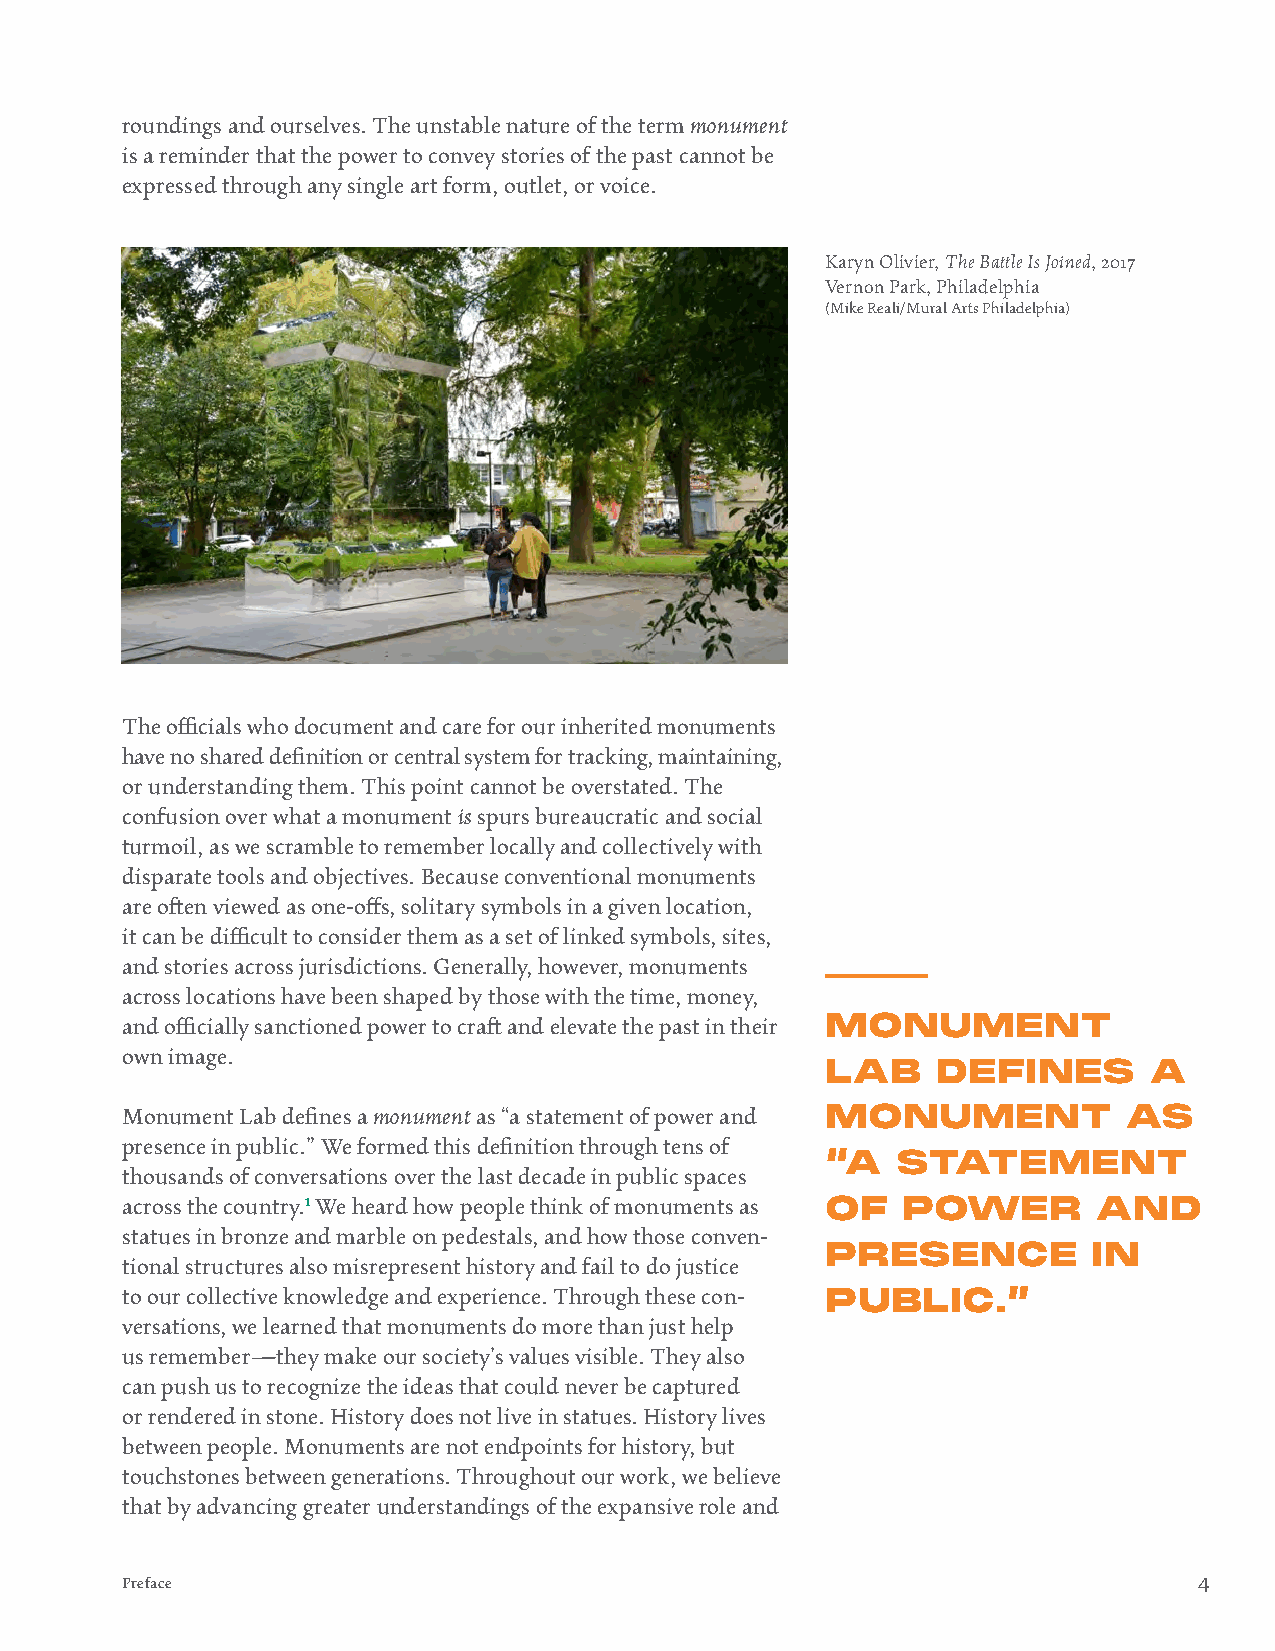
roundings and ourselves. The unstable nature of the term monument
 is a reminder that the power to convey stories of the past cannot be
 expressed through any single art form, outlet, or voice.
 Karyn Olivier, The Battle Is Joined, 2017
 Vernon Park, Philadelphia
 (Mike Reali/Mural Arts Philadelphia)
 The officials who document and care for our inherited monuments
 have no shared definition or central system for tracking, maintaining,
 or understanding them. This point cannot be overstated. The
 confusion over what a monument is spurs bureaucratic and social
 turmoil, as we scramble to remember locally and collectively with
 disparate tools and objectives. Because conventional monuments
 are often viewed as one-offs, solitary symbols in a given location,
 it can be difficult to consider them as a set of linked symbols, sites,
 and stories across jurisdictions. Generally, however, monuments
 across locations have been shaped by those with the time, money,
 and officially sanctioned power to craft and elevate the past in their MONUMENT
 own image.
 LAB    DEFINES       A
 Monument Lab defines a monument as “a statement of power and MONUMENT AS
 presence in public.” We formed this definition through tens of
 “A  STATEMENT
 thousands of conversations over the last decade in public spaces
 across the country.1 We heard how people think of monuments as OF POWER AND
 statues in bronze and marble on pedestals, and how those conven-
 PRESENCE         IN
 tional structures also misrepresent history and fail to do justice
 to our collective knowledge and experience. Through these con- PUBLIC.”
 versations, we learned that monuments do more than just help
 us remember—they make our society’s values visible. They also
 can push us to recognize the ideas that could never be captured
 or rendered in stone. History does not live in statues. History lives
 between people. Monuments are not endpoints for history, but
 touchstones between generations. Throughout our work, we believe
 that by advancing greater understandings of the expansive role and
 Preface                                                                4